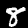
Label: 8